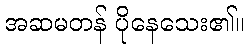
အဆမတန် ပိုနေသေး၏။